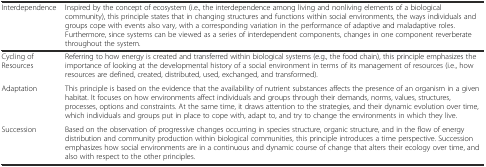
<table><thead><tr><td><b>Interdependence</b></td><td><b>Inspired by the concept of ecosystem (i.e., the interdependence among living and nonliving elements of a biological community), this principle states that in changing structures and functions within social environments, the ways individuals and groups cope with events also vary, with a corresponding variation in the performance of adaptive and maladaptive roles. Furthermore, since systems can be viewed as a series of interdependent components, changes in one component reverberate throughout the system.</b></td></tr></thead><tbody><tr><td>Cycling of Resources</td><td>Referring to how energy is created and transferred within biological systems (e.g., the food chain), this principle emphasizes the importance of looking at the developmental history of a social environment in terms of its management of resources (i.e., how resources are defined, created, distributed, used, exchanged, and transformed).</td></tr><tr><td>Adaptation</td><td>This principle is based on the evidence that the availability of nutrient substances affects the presence of an organism in a given habitat. It focuses on how environments affect individuals and groups through their demands, norms, values, structures, processes, options and constraints. At the same time, it draws attention to the strategies, and their dynamic evolution over time, which individuals and groups put in place to cope with, adapt to, and try to change the environments in which they live.</td></tr><tr><td>Succession</td><td>Based on the observation of progressive changes occurring in species structure, organic structure, and in the flow of energy distribution and community production within biological communities, this principle introduces a time perspective. Succession emphasizes how social environments are in a continuous and dynamic course of change that alters their ecology over time, and also with respect to the other principles.</td></tr></tbody></table>